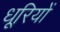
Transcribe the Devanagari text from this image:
धूरियों